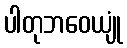
ပါတုဘဝေယျုံ